Lunatic asylums Madras 1877-1891 - 1877-1891
Year: 1877
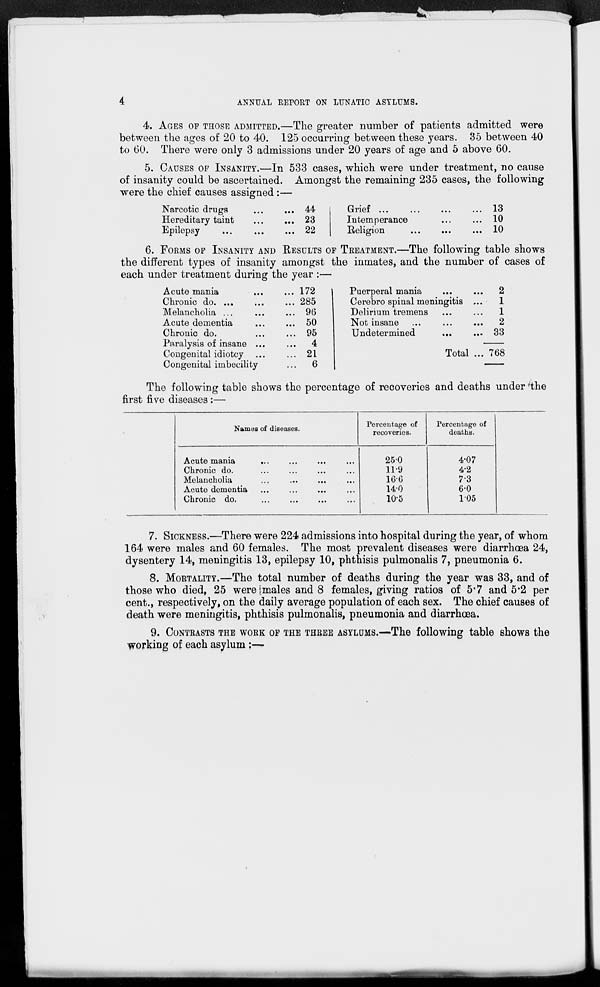
4
ANNUAL REPORT ON LUNATIC ASYLUMS.
4. AGES OF THOSE ADMITTED.—The greater number of patients admitted were
between the ages of 20 to 40. 125 occurring between these years. 35 between 40
to 60. There were only 3 admissions under 20 years of age and 5 above 60.
5. CAUSES OF INSANITY.—In 533 cases, which were under treatment, no cause
of insanity could be ascertained. Amongst the remaining 235 cases, the following
were the chief causes assigned :—
Narcotic drugs
...
...
Hereditary taint
...
...
Epilepsy
...
...
...
44
23
22
Grief ... ... ... ...
Intemperance ... ...
Religion
...
...
...
13
10
10
6. FORMS OF INSANITY AND RESULTS OF TREATMENT. —The following table shows
the different types of insanity amongst the inmates, and the number of cases of
each under treatment during the year :—
Acute mania
...
...
Chronic
do. ... ... ...
Melancholia ... ... ...
Acute dementia ... ...
Chronic do. ... ...
Paralysis of insane ... ...
Congenital idiotcy ... ...
Congenital imbecility ...
172
285
96
50
95
4
21
6
Puerperal mania ... ...
Cerebro spinal meningitis ...
Delirium tremens ... ...
Not insane ... ... ...
Undetermined ... ...
Total ...
2
1
1
2
33
768
The following table shows the percentage of recoveries and deaths under 'the
first five diseases :—
Names of diseases.
Acute mania ... ... ... ...
Chronic do. ... ... ... ...
Melancholia ... ... ... ...
Acute dementia ... ... ... ...
Chronic do, ... ... ... ...
Percentage of
recoveries.
25.0
11.9
16.6
14.0
10.5
Percentage of
deaths.
4.07
4.2
7.3
6.0
1.05
7. SICKNESS.—There were 224 admissions into hospital during the year, of whom
164 were males and 60 females. The most prevalent diseases were diarrhœa 24,
dysentery 14, meningitis 13, epilepsy 10, phthisis pulmonalis 7, pneumonia 6.
8. MORTALITY.—The total number of deaths during the year was 33, and of
those who died, 25 were males and 8 females, giving ratios of 5.7 and 5.2 per
cent., respectively, on the daily average population of each sex. The chief causes of
death were meningitis, phthisis pulmonalis, pneumonia and diarrhœa.
9. CONTRASTS THE WORK OF THE THREE ASYLUMS.—The following table shows the
working of each asylum :—